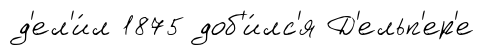
д'ел'и́л 1875 доб'и́лс'я Д'ельп'ер'е